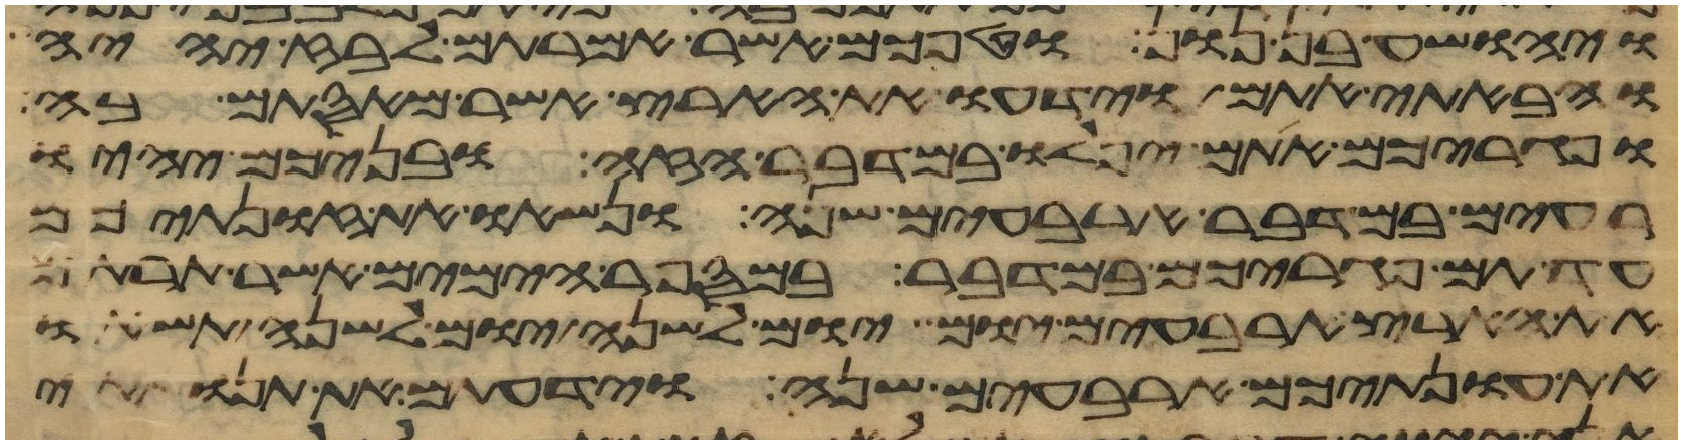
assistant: ויהושע בן נון וטפכם אשר אמרתם לבוז יהיה
והבאתי אתם וידעו את הארץ אשר מאסתם בה
ופגריכם אתם יפלו במדבר הזה ובניכם יהיו
רעים במדבר ארבעים שנה ונשאו את זונתיכם
עד תם פגריכם במדבר במספר הימים אשר תרתם
את הארץ ארבעים יום יום לשנה יום לשנה תשאו
את עונתיכם ארבעים שנה וידעתם את תנואתי